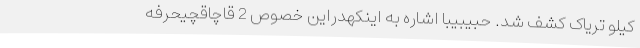
کیلو تریاک کشف شد. حبیبیبا اشاره به اینکهدراین خصوص 2 قاچاقچیحرفه